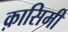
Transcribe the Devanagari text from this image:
क़ासिमी